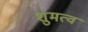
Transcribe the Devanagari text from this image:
शुमत्व